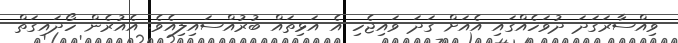
ވިއްސާރަގަދަ ދުވަހެއްގައި އެއަށް ގަދަ ވައިޖެހި އެ އަޅިތައް ބުރުއްސައިލިއެވެ. އެއުރެން ހޯދައިގަތް